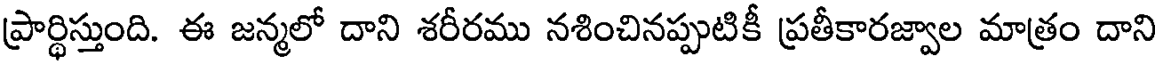
ప్రార్థిస్తుంది. ఈ జన్మలో దాని శరీరము నశించినప్పుటికీ ప్రతీకారజ్వాల మాత్రం దాని